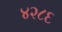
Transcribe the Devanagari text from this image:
४२८६